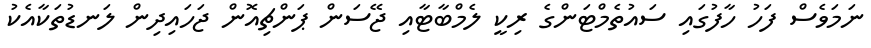
ނަމަވެސް ފަހު ހާފުގައި ސައުތެމްޓަންގެ ރިކީ ލެމްބާޓާއި ޖޭސަން ޕަންޗިއޮން ޖަހައިދިން ލަނޑުތަކާއެކު